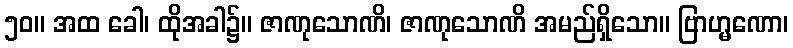
၅၀။ အထ ခေါ၊ ထိုအခါ၌။ ဇာဏုသောဏိ၊ ဇာဏုသောဏိ အမည်ရှိသော။ ဗြာဟ္မဏော၊